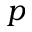
p